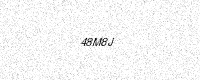
Text: 48M8J